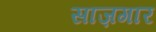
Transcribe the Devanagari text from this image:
साज़गार